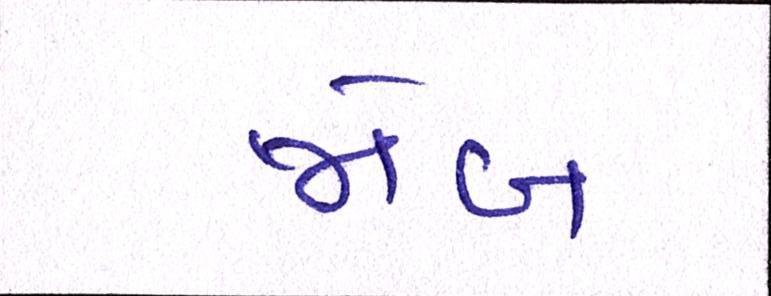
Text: જોબ